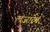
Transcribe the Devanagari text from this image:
लज़ारेव